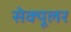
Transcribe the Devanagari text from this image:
सेक्यूलर